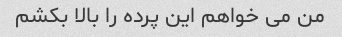
من می خواهم این پرده را بالا بکشم